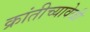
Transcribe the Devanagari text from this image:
क्रांतीच्यावेळी